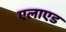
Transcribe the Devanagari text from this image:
एलाएड